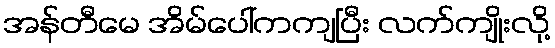
အန်တီမေ အိမ်ပေါ်ကကျပြီး လက်ကျိုးလို့